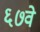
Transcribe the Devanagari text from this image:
६७वे